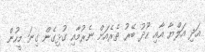
އަދި އަލްޔާ އާއި ހޫދު ބޭރު ތެރެއަށް ނެރުމާއި ގުޅިގެން ގިނަ މީހުން